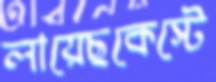
লায়েছকেস্টে